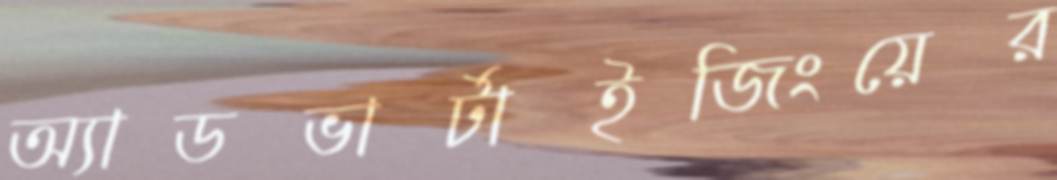
অ্যাডভার্টাইজিংয়ের